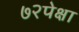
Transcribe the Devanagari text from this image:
७२पेक्षा